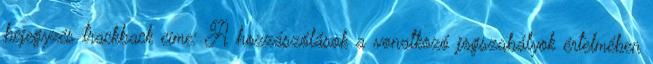
bejegyzés trackback címe: A hozzászólások a vonatkozó jogszabályok értelmében